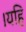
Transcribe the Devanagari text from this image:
।यहि